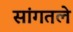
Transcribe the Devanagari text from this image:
सांगतले